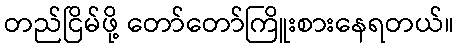
တည်ငြိမ်ဖို့ တော်တော်ကြိူးစားနေရတယ်။